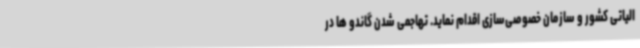
الیاتی کشور و سازمان خصوصی‌سازی اقدام نماید. تهاجمی شدن گاندو ها در